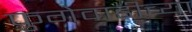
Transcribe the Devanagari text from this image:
फुगेवाडीच्या